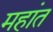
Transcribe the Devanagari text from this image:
महांत